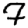
Digit: 7